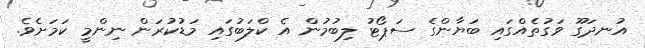
އުނދަގޫ ވަގުތެއްގައި ބަޔާންގެ ސަޕޯޓު ލިބުމުން އެ ކްލަބުގައި މަޑުކުރަން ނިންމީ ކަމަށެވެ.